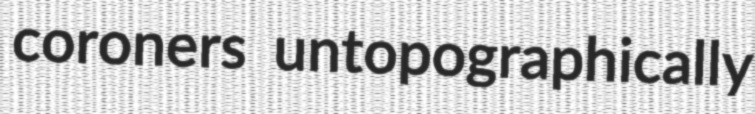
coroners untopographically